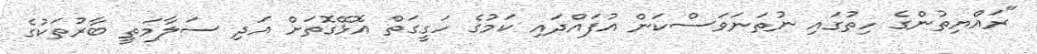
"ރައްޔިތުންގެ ހިތުގައި ނުތަނަވަސްކަން އުފައްދައި ކަމުގެ ހަގީގަތް އޮޅޭގޮތަށް އަދި ސަލާމަތީ ބާރުތަކުގެ